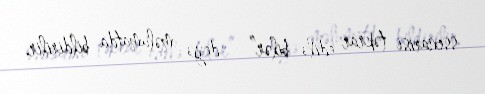
ssenarisi təkrar edilə bilər” - deyə məlumatda bildirilir.